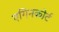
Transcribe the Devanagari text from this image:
एगिनकोर्ट